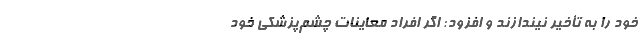
خود را به تأخیر نیندازند و افزود: اگر افراد معاینات چشم‌پزشکی خود